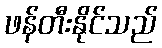
ဖန်တီးနိုင်သည်